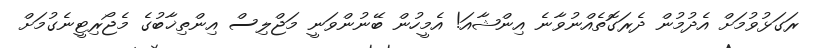
ރަގަޅުވުމަށް އެދުމުން ދެރަގޮތެއްނުވާނެ އިންޝާއަ! އެމީހުން ބޭނުންވަނީ މަޖްލިސް އިންތިޚާބުގެ މެޖޯރިޓީނެގުމަށް